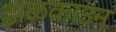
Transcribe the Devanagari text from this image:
झळकाउन